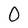
Character: 0